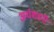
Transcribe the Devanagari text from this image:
अर्धशहरी